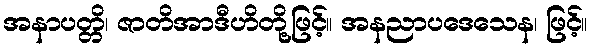
အနာပတ္တိ၊ ဇာတိအာဒီဟိတို့ဖြင့်။ အနညာပဒေသေန၊ ဖြင့်။